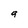
Character: 9